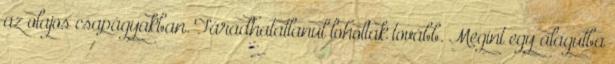
az olajos csapágyakban. Fáradhatatlanul loholtak tovább. Megint egy alagútba